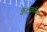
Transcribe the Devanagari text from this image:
कैटाकॉम्ब्स